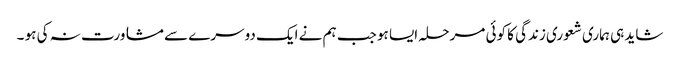
شاید ہی ہماری شعوری زندگی کا کوئی مرحلہ ایسا ہو جب ہم نے ایک دوسرے سے مشاورت نہ کی ہو ۔